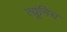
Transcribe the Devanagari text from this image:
त्यूनिस